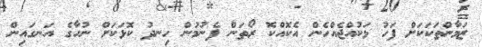
ޒަމާންތަކަކަށް ފަހު ޅަކުއްޖެއްހެން އެކޮއްކޮ ރޯތަން ފެނުމުން ހިނދު ކޮޅަކަށް ނުހާގެ އަނގައިން